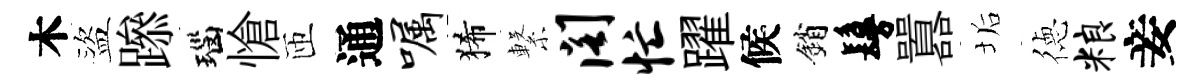
木盜𨅶瑙愴匝通嘱狶繋阁忙躍候銷鬘囂垢徳粮妾